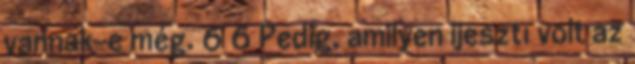
vannak-e még. 6 6 Pedig, amilyen ijesztı volt az